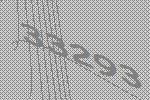
33293